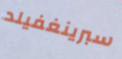
سبرينغفيلد